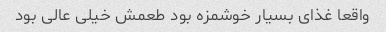
واقعا غذای بسیار خوشمزه بود طعمش خیلی عالی بود